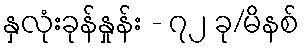
နှလုံးခုန်နှုန်း - ၇၂ ခု/မိနစ်